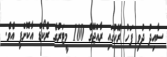
ސާއިދު ދުވި ފަހު ރޭހުގައި ރާއްޖޭގެ 100 މީޓަރުގެ ރެކޯޑް އާކޮށްފި އެވެ.